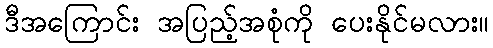
ဒီအကြောင်း အပြည့်အစုံကို ပေးနိုင်မလား။